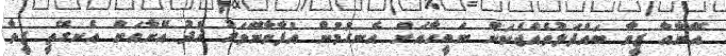
އޭނާއާ ޒީވާ ބައްދަލުވެއްޖެކަން ނަބީހާއަށް އެނގުމުން އުފާވާނޭވަރު ޚުދު އޭނާއަށް އެނގޭތީ ޒީވާ